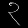
Digit: ၃